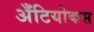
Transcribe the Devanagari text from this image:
अँटियोकस